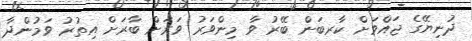
ދުނިޔޭގެ ޖައްވަށް ކާރބަން ބޭރު ވާ މިންވަރު ވަރަށް ބާރަށް އިތުރު ވަމުންދާ